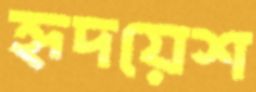
হৃদয়েশ